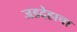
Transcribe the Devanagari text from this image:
जडदेहाचा